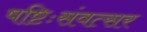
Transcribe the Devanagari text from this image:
षष्टिःसंवत्सर